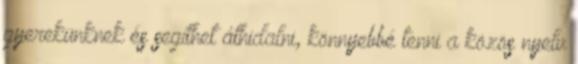
gyerekünknek és segíthet áthidalni, könnyebbé tenni a közös nyelv